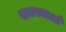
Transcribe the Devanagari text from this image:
समस्याओँ